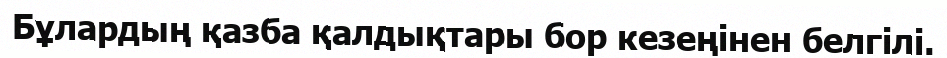
Бұлардың қазба қалдықтары бор кезеңінен белгілі.